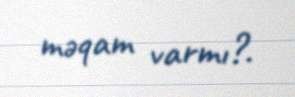
məqam varmı?.